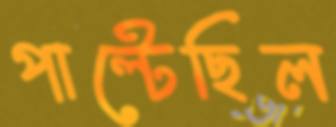
পাল্টেছিল